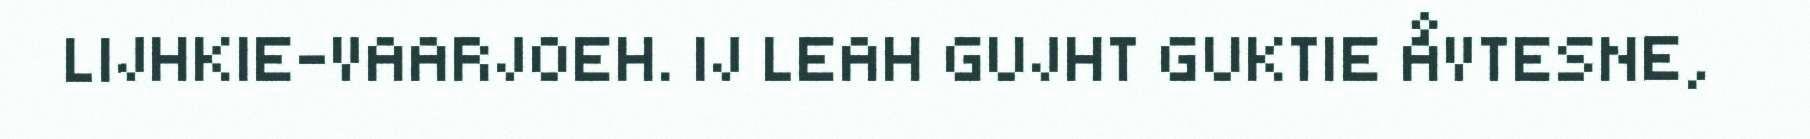
LIJHKIE-VAARJOEH. IJ LEAH GUJHT GUKTIE ÅVTESNE,